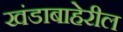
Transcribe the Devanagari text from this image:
खंडाबाहेरील